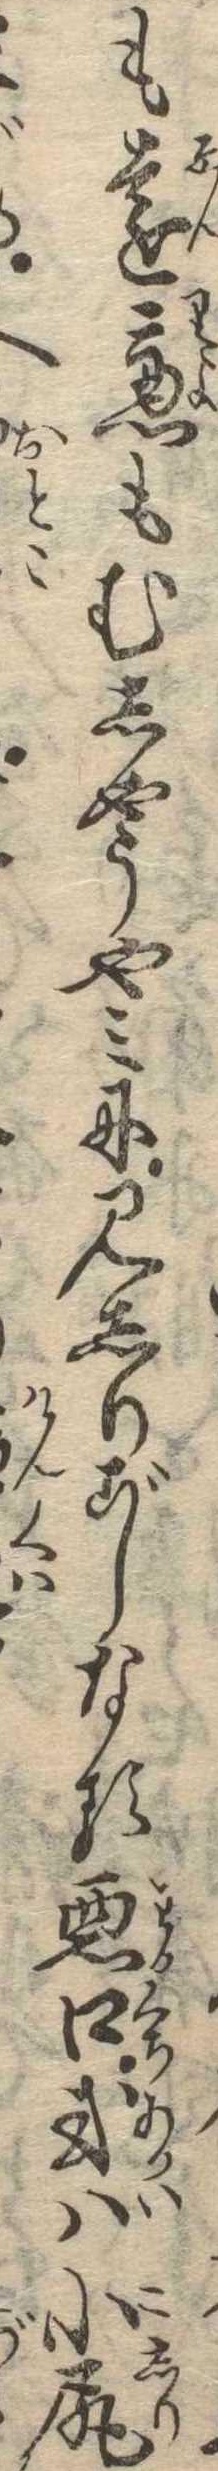
も遠慮もむしやうやみに見しりごしなる悪口或は小尻